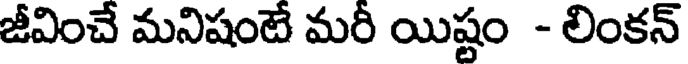
జీవించే మనిషంటే మరీ యిష్టం - లింకన్